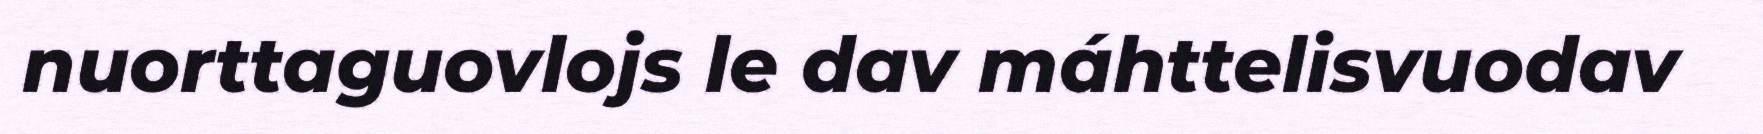
nuorttaguovlojs le dav máhttelisvuodav